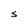
Character: S